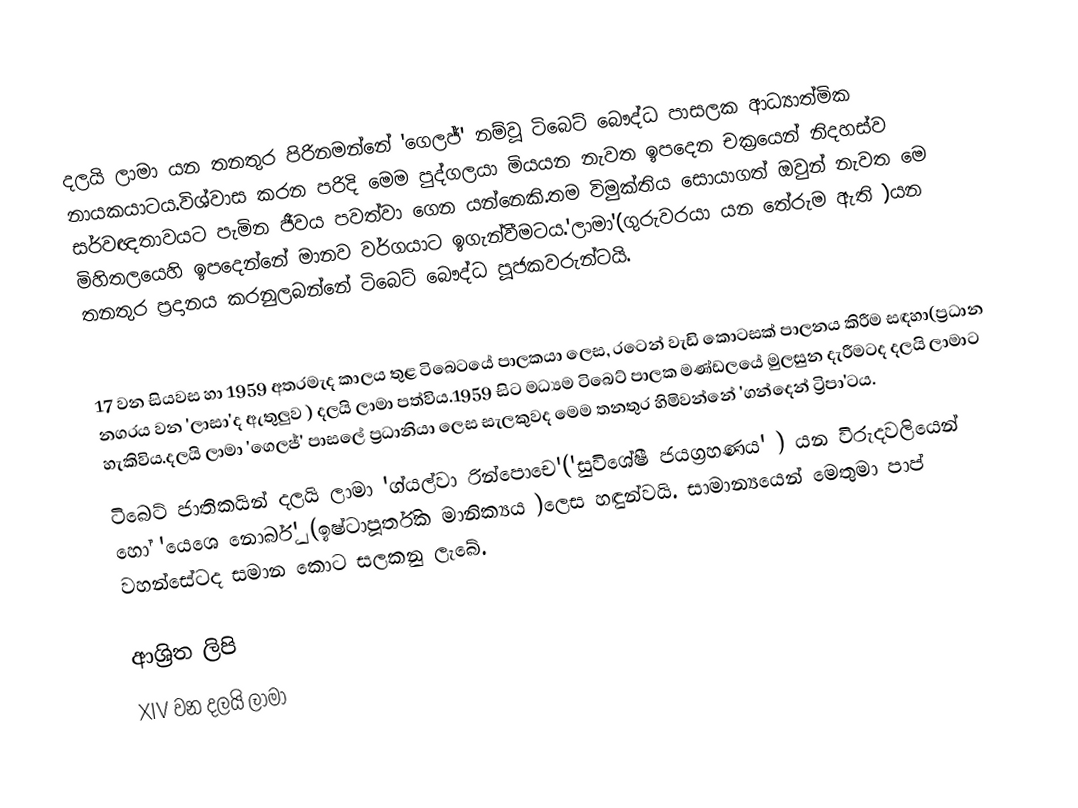
දලයි ලාමා යන තනතුර පිරිනමන්නේ 'ගෙලජ්' නම්වූ ටිබෙට් බෞද්ධ පාසලක ආධ්‍යාත්මික නායකයාටය.විශ්වාස කරන පරිදි මෙම පුද්ගලයා මියයන නැවත ඉපදෙන චක්‍රයෙන් නිදහස්ව සර්වඥතාවයට පැමින ජීවය පවත්වා ගෙන යන්නෙකි.තම විමුක්තිය සොයාගත් ඔවුන් නැවත මෙ මිහිතලයෙහි ඉපදෙන්නේ මානව වර්ගයාට ඉගැන්වීමටය.'ලාමා'(ගුරුවරයා යන තේරුම ඇති )යන තනතුර ප්‍රදානය කරනුලබන්නේ ටිබෙට් බෞද්ධ පූජකවරුන්ටයි.

17 වන  සියවස හා 1959 අතරමැද කාලය තුළ ටිබෙටයේ පාලකයා ලෙස, රටෙන් වැඩි කොටසක් පාලනය කිරීම සඳහා(ප්‍රධාන නගරය වන 'ලාසා'ද ඇතුලුව ) දලයි ලාමා පත්විය.1959 සිට මධ්‍යම ටිබෙට් පාලක මණ්ඩලයේ මුලසුන දැරීමටද දලයි ලාමාට හැකිවිය.දලයි ලාමා 'ගෙලජ්' පාසලේ ප්‍රධානියා ලෙස සැලකුවද මෙම තනතුර හිමිවන්නේ 'ගන්දෙන් ට්‍රිපා'ටය.
ටිබෙට් ජාතිකයින් දලයි ලාමා 'ග්යල්වා රින්පොචෙ'('සුවිශේෂී ජයග්‍රහණය' ) යන විරුදවලියෙන් හෝ 'යෙශෙ නොර්බු' (ඉෂ්ටාපූර්තික මානික්‍යය )ලෙස හඳුන්වයි. සාමාන්‍යයෙන් මෙතුමා පාප් වහන්සේටද සමාන කොට සලකනු ලැබේ.

ආශ්‍රිත ලිපි
 XIV වන දලයි ලාමා